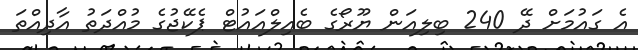
އެ ގައުމަށް ދޭ 240 ބިލިއަން ޔޫރޯގެ ބެއިލްއައުޓް ޕެކޭޖުގެ މުއްދަތު އާދިއްތަ